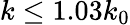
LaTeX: k\le 1.03k_{0}